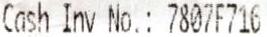
CASH INV NO.: 7807F716